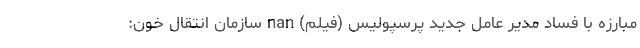
مبارزه با فساد مدیر عامل جدید پرسپولیس (فیلم) nan سازمان انتقال خون: